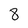
Character: 8